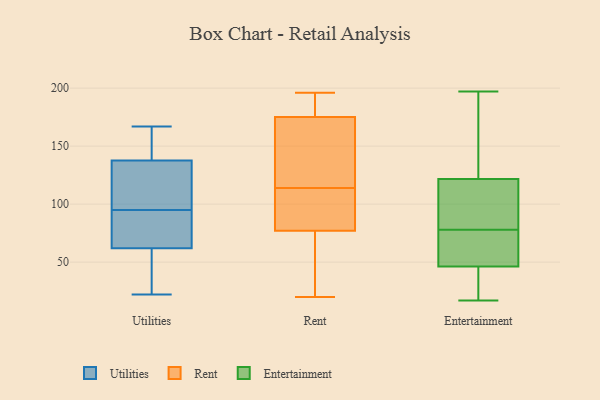
{"axis": {"x": "Net Income (USD K)", "y": "Value"}, "legend": ["Entertainment", "Rent", "Utilities"], "data": [{"x": "", "y": 142, "type": "Utilities"}, {"x": "", "y": 85, "type": "Utilities"}, {"x": "", "y": 59, "type": "Utilities"}, {"x": "", "y": 49, "type": "Utilities"}, {"x": "", "y": 71, "type": "Utilities"}, {"x": "", "y": 124, "type": "Utilities"}, {"x": "", "y": 149, "type": "Utilities"}, {"x": "", "y": 167, "type": "Utilities"}, {"x": "", "y": 95, "type": "Utilities"}, {"x": "", "y": 22, "type": "Utilities"}, {"x": "", "y": 97, "type": "Utilities"}, {"x": "", "y": 191, "type": "Rent"}, {"x": "", "y": 77, "type": "Rent"}, {"x": "", "y": 131, "type": "Rent"}, {"x": "", "y": 20, "type": "Rent"}, {"x": "", "y": 175, "type": "Rent"}, {"x": "", "y": 171, "type": "Rent"}, {"x": "", "y": 78, "type": "Rent"}, {"x": "", "y": 196, "type": "Rent"}, {"x": "", "y": 97, "type": "Rent"}, {"x": "", "y": 44, "type": "Rent"}, {"x": "", "y": 126, "type": "Entertainment"}, {"x": "", "y": 189, "type": "Entertainment"}, {"x": "", "y": 23, "type": "Entertainment"}, {"x": "", "y": 32, "type": "Entertainment"}, {"x": "", "y": 69, "type": "Entertainment"}, {"x": "", "y": 192, "type": "Entertainment"}, {"x": "", "y": 78, "type": "Entertainment"}, {"x": "", "y": 109, "type": "Entertainment"}, {"x": "", "y": 44, "type": "Entertainment"}, {"x": "", "y": 17, "type": "Entertainment"}, {"x": "", "y": 78, "type": "Entertainment"}, {"x": "", "y": 197, "type": "Entertainment"}, {"x": "", "y": 68, "type": "Entertainment"}, {"x": "", "y": 90, "type": "Entertainment"}, {"x": "", "y": 53, "type": "Entertainment"}]}